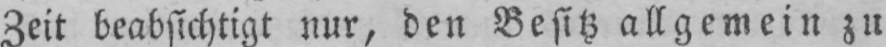
Zeit beabsichtigt nur, den Besitz allgemein zu